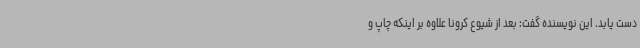
دست یابد. این نویسنده گفت: بعد از شیوع کرونا علاوه بر اینکه چاپ و